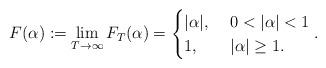
LaTeX: \begin{align*}F(\alpha):=\lim_{T\to\infty} F_T(\alpha)=\begin{cases} |\alpha|, & \ 0<|\alpha|<1 \\ 1 , & \ |\alpha|\geq 1. \end{cases}. \end{align*}